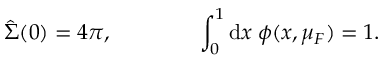
\hat { \Sigma } ( 0 ) = 4 \pi , \qquad \qquad \int _ { 0 } ^ { 1 } \mathrm { d } x \; \phi ( x , \mu _ { F } ) = 1 .